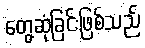
တွေ့ဆုံခြင်းဖြစ်သည်